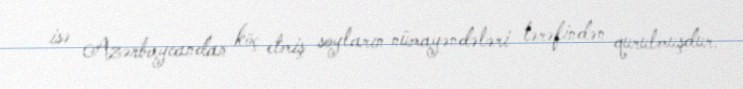
isə Azərbaycandan köç etmiş soyların nümayəndələri tərəfindən qurulmuşdur.